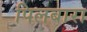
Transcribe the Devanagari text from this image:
पिलबारा